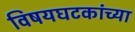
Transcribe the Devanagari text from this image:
विषयघटकांच्या